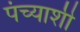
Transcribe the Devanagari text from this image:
पंच्याशी